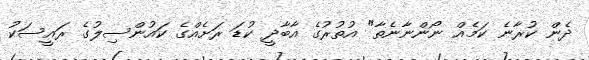
ދެން ކުރާނެ ކަމެއް ނޯންނާނެތާ" އުތުރުގެ އާބާދީ ކުޑަ ރަށެއްގެ ކައުންސިލުގެ ރައީސަކު